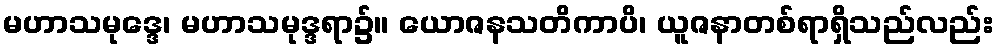
မဟာသမုဒ္ဒေ၊ မဟာသမုဒ္ဒရာ၌။ ယောဇနသတိကာပိ၊ ယူဇနာတစ်ရာရှိသည်လည်း